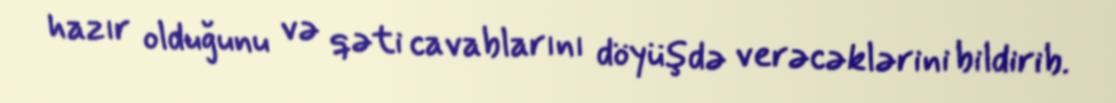
hazır olduğunu və qəti cavablarını döyüşdə verəcəklərini bildirib.